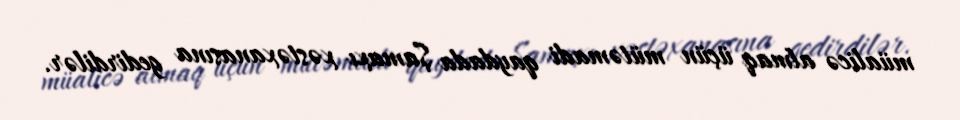
müalicə almaq üçün mütəmadi qaydada Şamaxı xəstəxanasına gedirdilər.